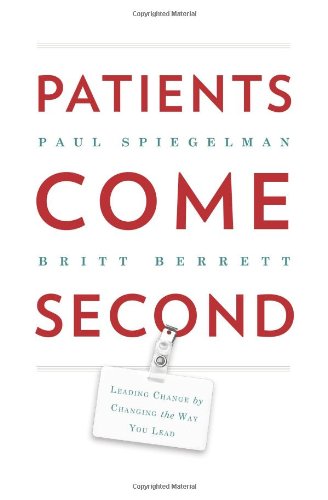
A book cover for Patients Come Second: Leading Change by Changing the Way You Lead; Paul Spiegelman; Medical Books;